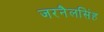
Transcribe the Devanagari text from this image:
जरनैलसिंह